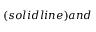
( s o l i d l i n e ) a n d